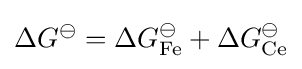
\Delta G^{\ominus }=\Delta G_{{\ce {Fe}}}^{\ominus }+\Delta G_{{\ce {Ce}}}^{\ominus }